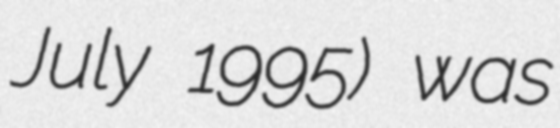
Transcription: July 1995) was